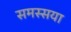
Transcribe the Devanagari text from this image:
समस्सया